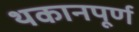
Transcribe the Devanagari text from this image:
थकानपूर्ण